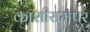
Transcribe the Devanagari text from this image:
काशीरामपुर